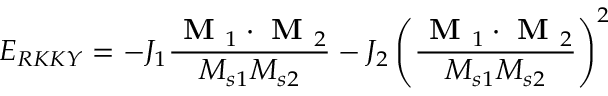
E _ { R K K Y } = - J _ { 1 } \frac { \textbf { M } _ { 1 } \cdot \textbf { M } _ { 2 } } { M _ { s 1 } M _ { s 2 } } - J _ { 2 } \left( \frac { \textbf { M } _ { 1 } \cdot \textbf { M } _ { 2 } } { M _ { s 1 } M _ { s 2 } } \right) ^ { 2 }